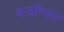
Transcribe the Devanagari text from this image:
दर्जोन्नत